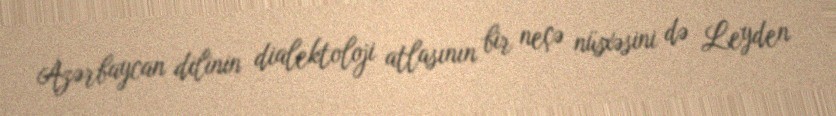
Azərbaycan dilinin dialektoloji atlasının bir neçə nüsxəsini də Leyden